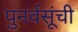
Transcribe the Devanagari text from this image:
पुनर्वसूंची